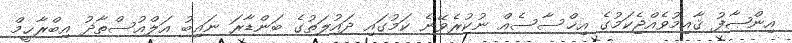
އިންޞާފު ޤާއިމުވެއްޖެކަމުގެ އިޚްސާސެއް ނުކުރެވޭނެ ކަމުގައި ދައުލަތުގެ ބަންޑާރަ ނައިބު އަލްއުސްތާޛު އިބްރާޙީމް